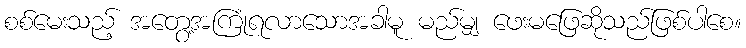
စစ်မေးသည့် အတွေ့အကြုံရလာသောအခါမူ မည်မျှ ဖေးမဖြေဆိုသည်ဖြစ်ပါစေ။